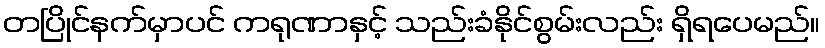
တပြိုင်နက်မှာပင် ကရုဏာနှင့် သည်းခံနိုင်စွမ်းလည်း ရှိရပေမည်။